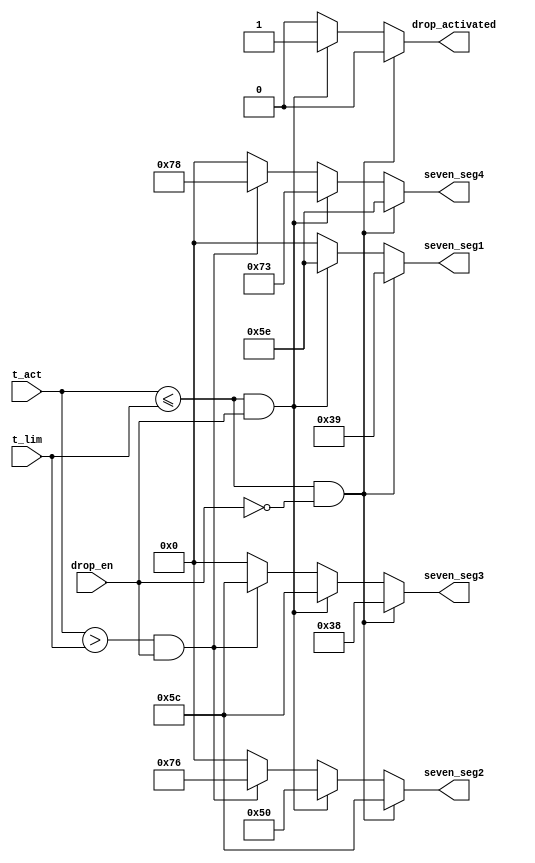
`timescale 1ns / 1ps
//////////////////////////////////////////////////////////////////////////////////
// Company: 
// Engineer: 
// 
// Design Name: 
// Module Name:    display_and_drop 
// Project Name: 
// Target Devices: 
// Tool versions: 
// Description: 
//
// Dependencies: 
//
// Revision: 
// Revision 0.01 - File Created
// Additional Comments: 
//
//////////////////////////////////////////////////////////////////////////////////
module display_and_drop(
	output  reg [6 : 0]   seven_seg1, 
   output  reg [6 : 0]   seven_seg2,
   output  reg [6 : 0]   seven_seg3,
   output reg  [6 : 0]   seven_seg4,
   output reg  [0 : 0]   drop_activated,
   input       [15: 0]   t_act,
   input       [15: 0]   t_lim,
   input                 drop_en);
	 
	 always@(*) begin
	 
	 drop_activated= (t_act <= t_lim && !drop_en) ? 0 : ( (t_act <= t_lim && drop_en) ?  1 : (t_act > t_lim && drop_en) ? 0 : 0);
	 seven_seg1 = (t_act <= t_lim && !drop_en) ? 7'b011_1001 : ( (t_act <= t_lim && drop_en == 1) ?  7'b101_1110 : (t_act > t_lim && drop_en) ? 7'b000_0000 : 0);
	 seven_seg2 = (t_act <= t_lim && !drop_en) ? 7'b101_1100 : ( (t_act <= t_lim && drop_en == 1) ?  7'b101_0000 : (t_act > t_lim && drop_en) ? 7'b111_0110 : 0);
         seven_seg3 = (t_act <= t_lim && !drop_en) ? 7'b011_1000 : ( (t_act <= t_lim && drop_en == 1) ?  7'b101_1100 : (t_act > t_lim && drop_en) ? 7'b101_1100 : 0);			
	 seven_seg4 = (t_act <= t_lim && !drop_en) ? 7'b101_1110 : ( (t_act <= t_lim && drop_en == 1) ?  7'b111_0011 : (t_act > t_lim && drop_en) ? 7'b111_1000 : 0);				
    
	 end
	 
endmodule